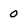
Character: 0